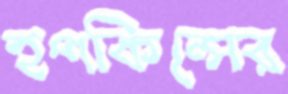
হপকিন্সের